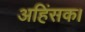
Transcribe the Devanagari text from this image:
अहिंसक।